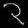
Digit: ၃